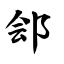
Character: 郐